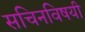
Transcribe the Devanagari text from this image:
सचिनविषयी